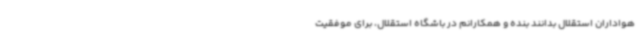
هواداران استقلال بدانند بنده و همکارانم در باشگاه استقلال، برای موفقیت